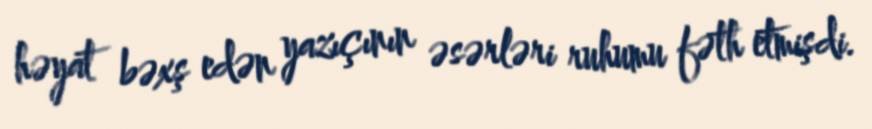
həyat bəxş edən yazıçının əsərləri ruhumu fəth etmişdi.